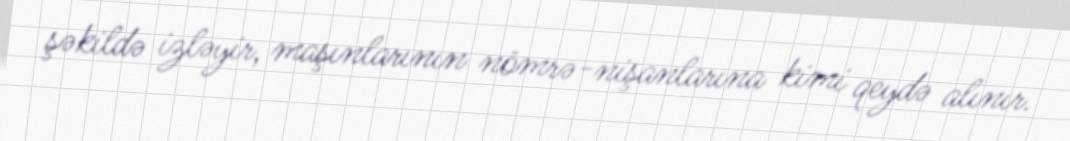
şəkildə izləyir, maşınlarının nömrə-nişanlarına kimi qeydə alınır.